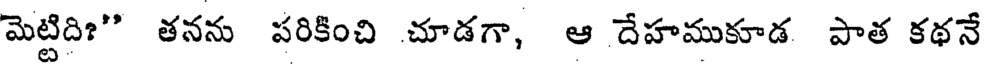
మెట్టిది?" తనను పరికించి చూడగా, ఆ దేహముకూడ పాత కథనే